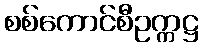
စစ်ကောင်စီဥက္ကဋ္ဌ